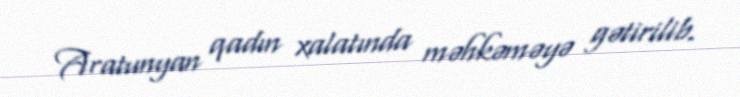
Aratunyan qadın xalatında məhkəməyə gətirilib.